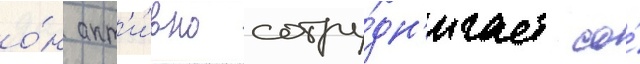
о́н акт'и́вно сотру́дн'ичает со́